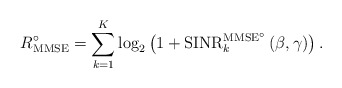
\begin{align*}R_{\mathrm{MMSE}}^\circ = \sum_{k=1}^{K} \log_2 \left( 1 + \mathrm{SINR}^{\mathrm{MMSE}^\circ}_k \left( \beta, \gamma \right) \right).\end{align*}